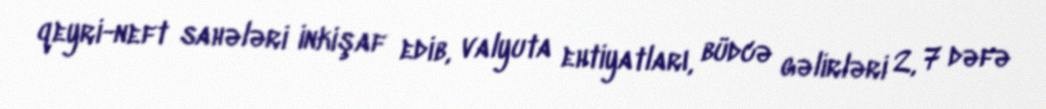
qeyri-neft sahələri inkişaf edib, valyuta ehtiyatları, büdcə gəlirləri 2, 7 dəfə